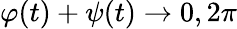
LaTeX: \varphi(t)+\psi(t)\rightarrow 0,2\pi